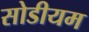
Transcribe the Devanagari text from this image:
सोडीयम